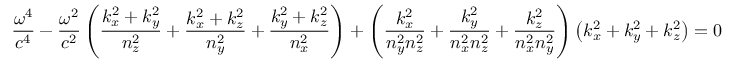
{ \frac { \omega ^ { 4 } } { c ^ { 4 } } } - { \frac { \omega ^ { 2 } } { c ^ { 2 } } } \left( { \frac { k _ { x } ^ { 2 } + k _ { y } ^ { 2 } } { n _ { z } ^ { 2 } } } + { \frac { k _ { x } ^ { 2 } + k _ { z } ^ { 2 } } { n _ { y } ^ { 2 } } } + { \frac { k _ { y } ^ { 2 } + k _ { z } ^ { 2 } } { n _ { x } ^ { 2 } } } \right) + \left( { \frac { k _ { x } ^ { 2 } } { n _ { y } ^ { 2 } n _ { z } ^ { 2 } } } + { \frac { k _ { y } ^ { 2 } } { n _ { x } ^ { 2 } n _ { z } ^ { 2 } } } + { \frac { k _ { z } ^ { 2 } } { n _ { x } ^ { 2 } n _ { y } ^ { 2 } } } \right) \left( k _ { x } ^ { 2 } + k _ { y } ^ { 2 } + k _ { z } ^ { 2 } \right) = 0